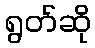
ရွတ်ဆို